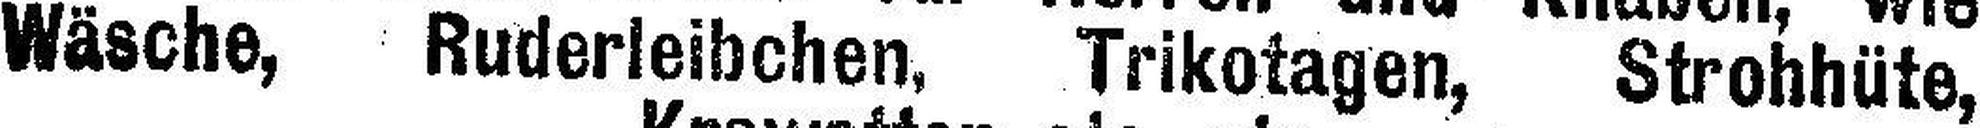
Wäsche, Ruderleibchen, Trikotagen, Strohhüte,